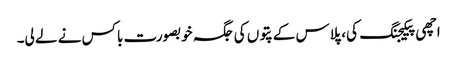
اچھی پیکیجنگ کی، پلاس کے پتوں کی جگہ خوبصورت باکس نے لے لی۔